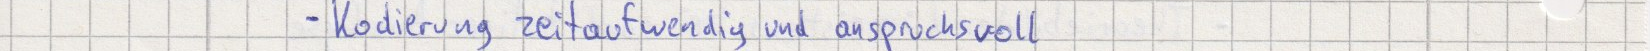
- Kodierung zeitaufwendig und anspruchsvoll